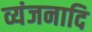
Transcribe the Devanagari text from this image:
व्यंजनादि